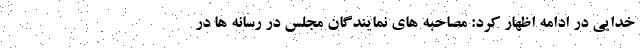
خدایی در ادامه اظهار کرد: مصاحبه های نمایندگان مجلس در رسانه ها در